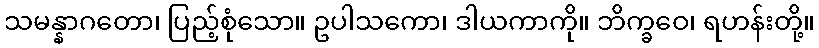
သမန္နာဂတော၊ ပြည့်စုံသော။ ဥပါသကော၊ ဒါယကာကို။ ဘိက္ခဝေ၊ ရဟန်းတို့။